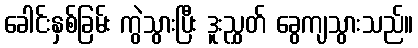
ခေါင်းနှစ်ခြမ်း ကွဲသွားပြီး ဒူးညွှတ် ခွေကျသွားသည်။